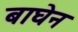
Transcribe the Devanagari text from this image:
बाघेन